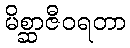
မိစ္ဆာဇီဝရတာ